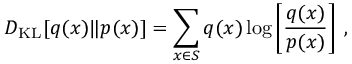
D _ { \mathrm { K L } } [ q ( x ) \| p ( x ) ] = \sum _ { x \in S } q ( x ) \log \left[ \frac { q ( x ) } { p ( x ) } \right] \; ,